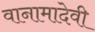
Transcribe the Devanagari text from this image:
वानामादेवी